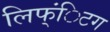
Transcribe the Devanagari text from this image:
लिफ्ंिटग